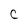
Character: C